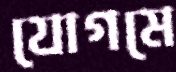
যোগমে